Problem: 3 × 4 = ?
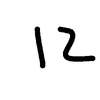
Handwritten answer: 12